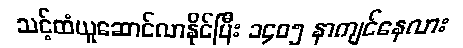
သင့်ထံယူဆောင်လာနိုင်ပြီး ၁၄၀၅ နာကျင်နေလား